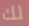
لك